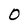
Character: 0